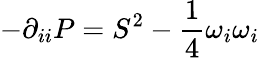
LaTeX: -\partial_{ii}P=S^{2}-\frac{1}{4}\omega_{i}\omega_{i}